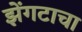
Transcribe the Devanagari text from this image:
झेंगटाचा